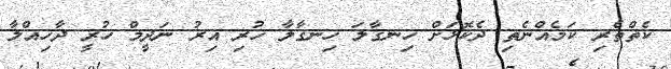
ކެތްތެރި ކަމެއްނެތި ދެކޮޅަށް ހިނގާލަ ހިނގާލާ ހުރި އިރު ނަދީމް ހުރީ ދާހިއްލާ